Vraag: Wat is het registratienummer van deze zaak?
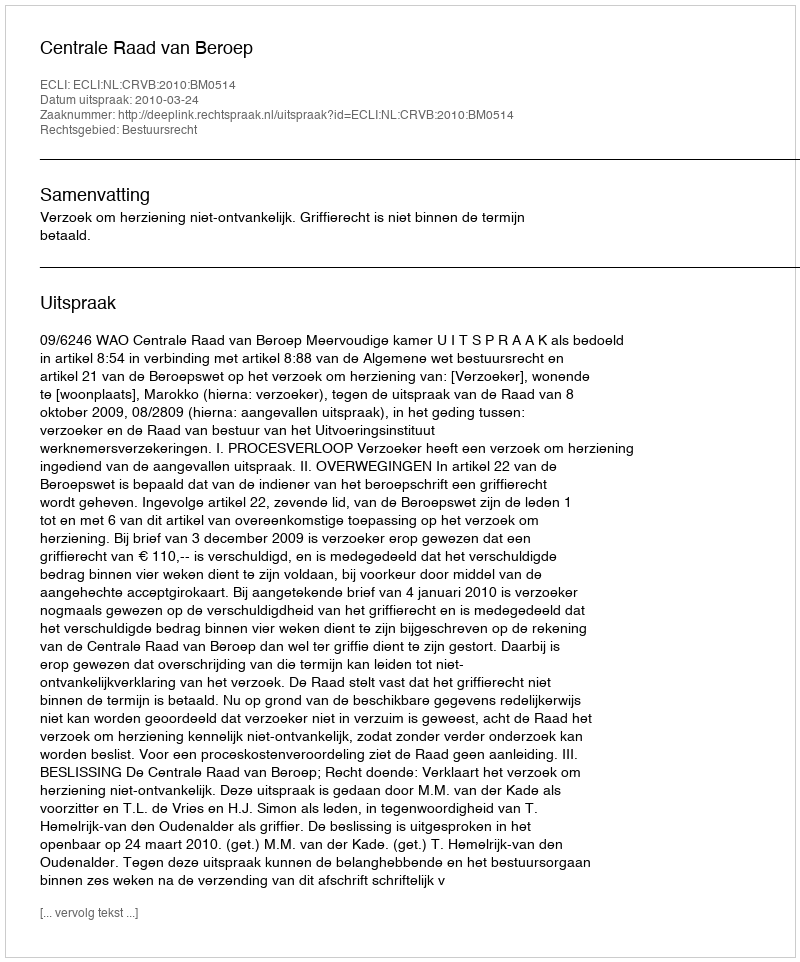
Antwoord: http://deeplink.rechtspraak.nl/uitspraak?id=ECLI:NL:CRVB:2010:BM0514